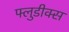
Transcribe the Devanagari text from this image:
फ्लुडीक्स